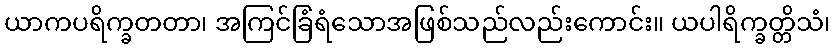
ယာကပရိက္ခတတာ၊ အကြင်ခြံရံသောအဖြစ်သည်လည်းကောင်း။ ယပါရိက္ခတ္တိသံ၊